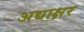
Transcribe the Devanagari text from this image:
अद्याक्षर